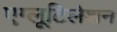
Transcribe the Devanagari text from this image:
एग्लूटिलेशन